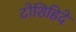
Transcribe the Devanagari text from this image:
टोशिहिदे